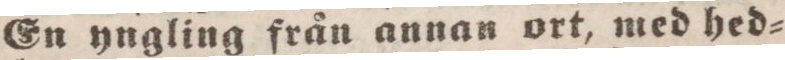
En yngling från annan ort, med hed=